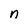
Character: n